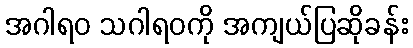
အဂါရဝ သဂါရဝကို အကျယ်ပြဆိုခန်း